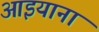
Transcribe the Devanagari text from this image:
आइयाना